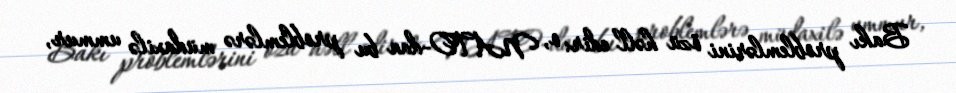
Bakı problemlərini özü həll edir: o, NATO-dan bu problemlərə müdaxilə ummur,